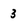
Character: 3